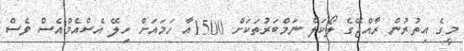
މީގެ އިތުރުން ރާއްޖޭގެ ލޯކަލް ނަމްބަރުތަކަށް 1500އާ ހަމައަށް ހިލޭ އެސްއެމްއެސް ވެސް